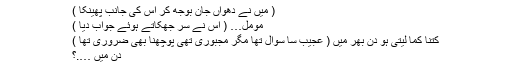
( میں نے دھواں جان بوجھ کر اس کی جانب پھینکا )
مومل… ( اس نے سر جھکاتے ہوئے جواب دیا )
کتنا کما لیتی ہو دن بھر میں ( عجیب سا سوال تھا مگر مجبوری تھی پوچھنا بھی ضروری تھا )
دن میں ….؟